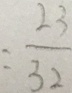
= \frac { 2 3 } { 3 2 }